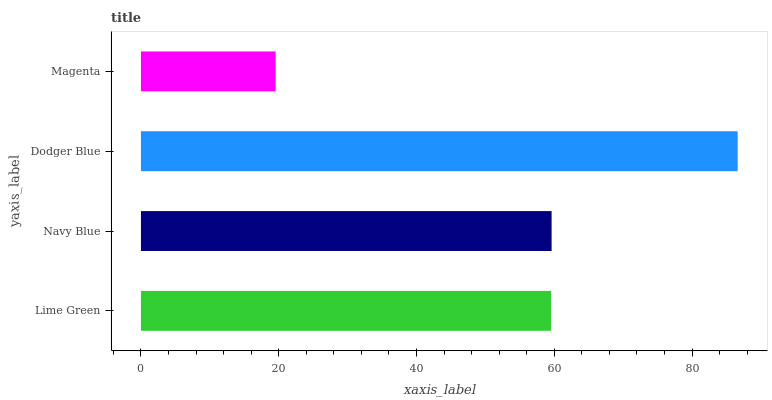
| yaxis_label | bars |
 | --- | --- |
 | Lime Green | 59.5 |
 | Navy Blue | 59.6 |
 | Dodger Blue | 86.6 |
 | Magenta | 19.6 |